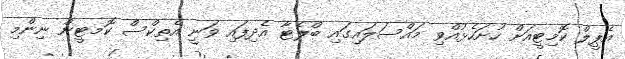
އެޕީލް ކޮމިޓީއަށް ހުށަހެޅުއްވި މައްސަލައިގައި ބްލެޓާ އެދިފައި ވަނީ އެތިކްސް ކޮމޓީން ނިންމި